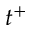
t ^ { + }